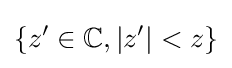
\{z'\in \mathbb {C} ,|z'|<z\}